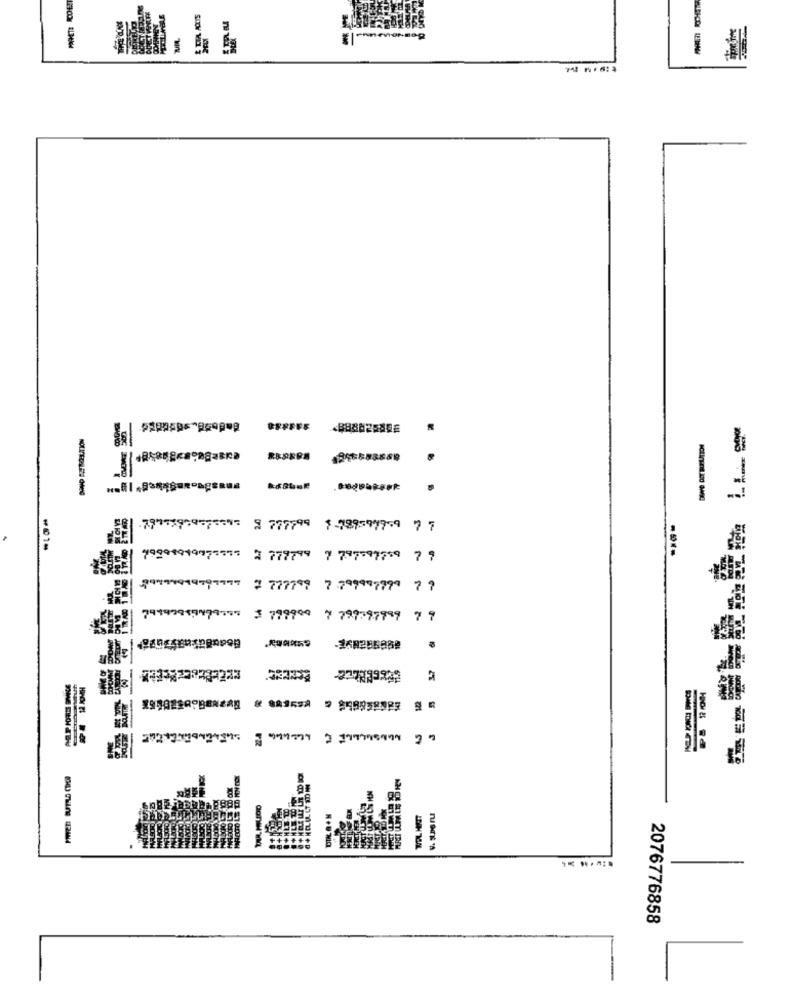
79771997 **** 9 777799
1-989.997-9 7 7
----
09994919975555 3 777799 7 797597759 7
9797997
2 777799 7 799997779 7 ?
3 779900 7 799797999 7 9
79233233
WEL HATT
-
2076776858